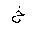
Letter: _kha